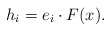
\begin{align*}h_{i}=e_{i}\cdot F(x).\end{align*}